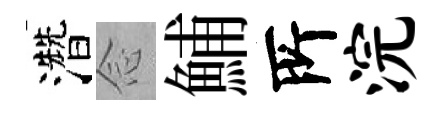
濳𫝹鯆𠩄浣